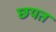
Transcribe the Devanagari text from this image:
छपत